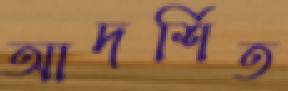
আদর্শিত